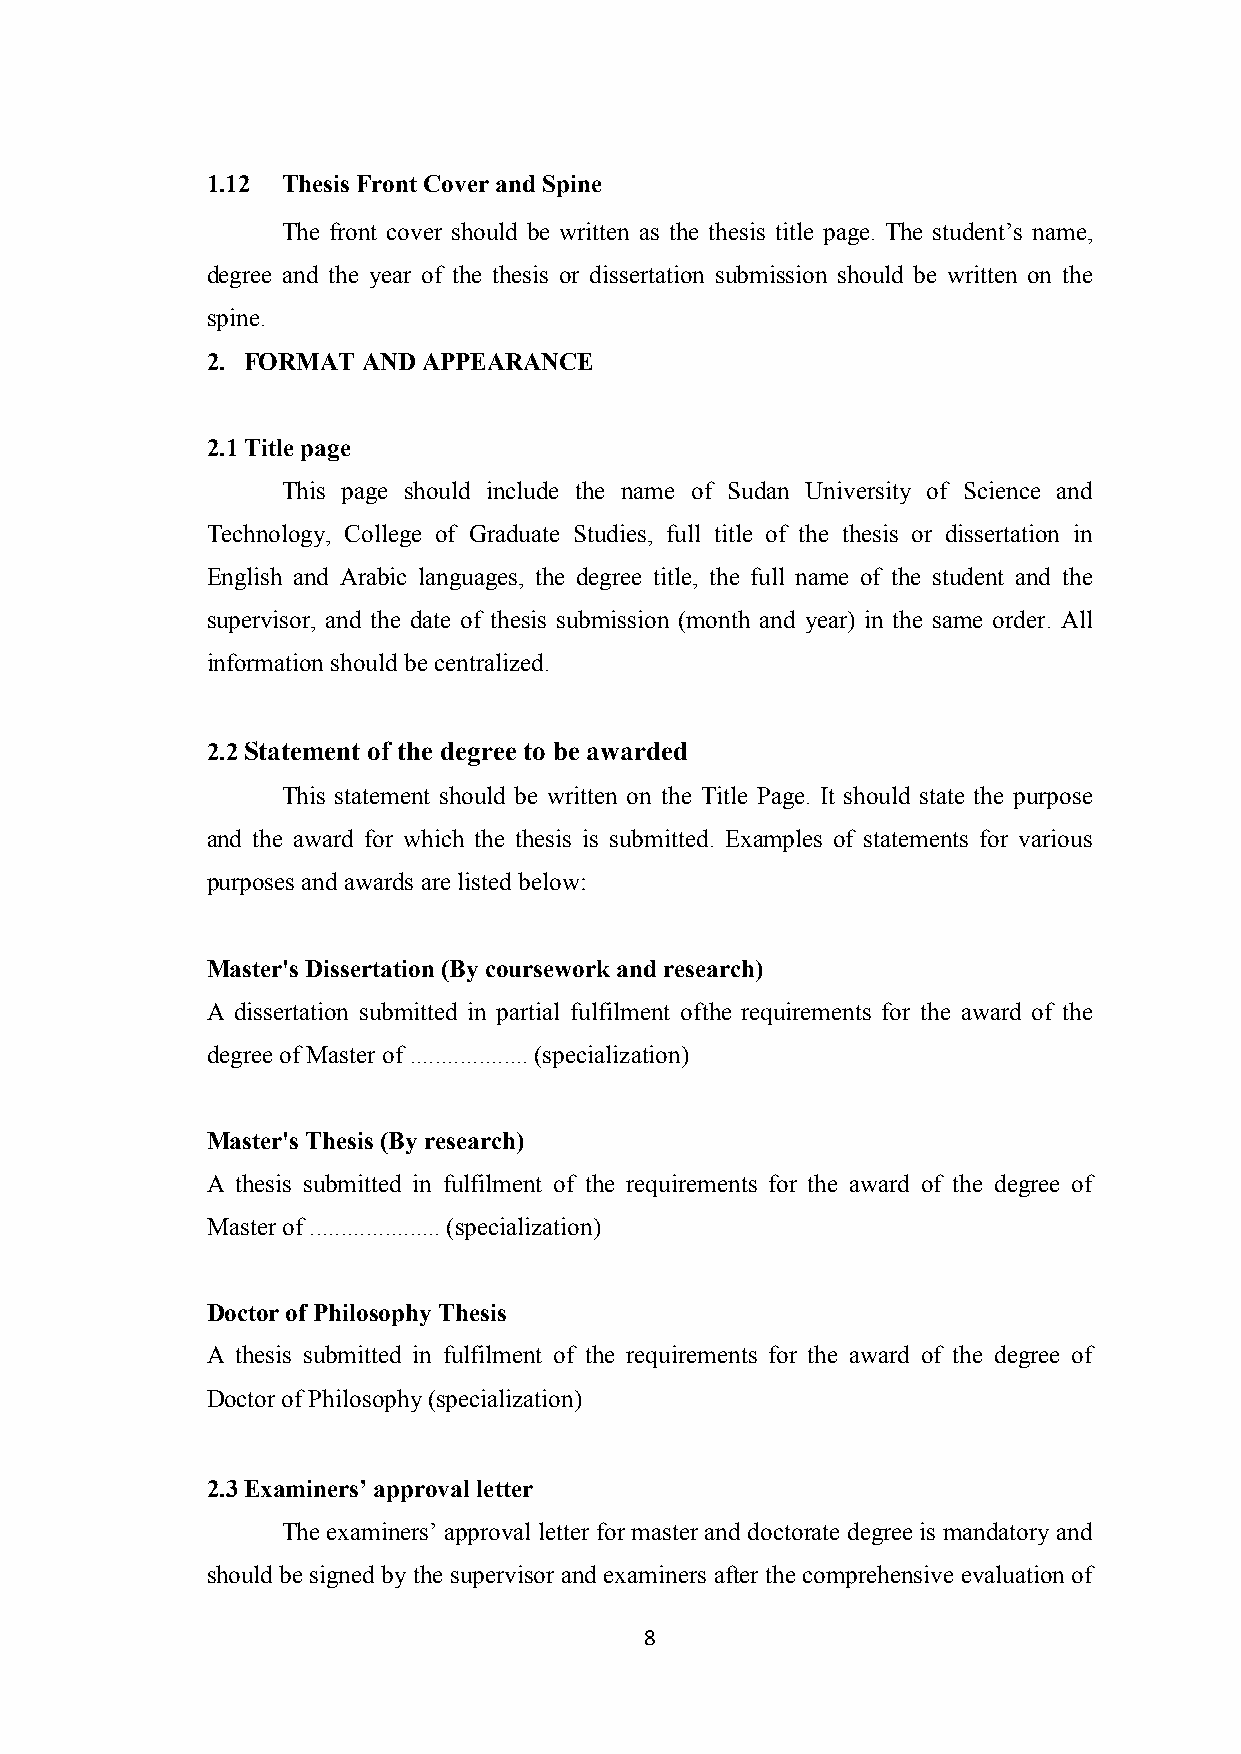
1.12 Thesis Front Cover and Spine
 The front cover should be written as the thesis title page. The student’s name,
 degree and the year of the thesis or dissertation submission should be written on the
 spine.
 2. FORMAT AND APPEARANCE
 2.1 Title page
 This page should include the name of Sudan University of Science and
 Technology, College of Graduate Studies, full title of the thesis or dissertation in
 English and Arabic languages, the degree title, the full name of the student and the
 supervisor, and the date of thesis submission (month and year) in the same order. All
 information should be centralized.
 2.2 Statement of the degree to be awarded
 This statement should be written on the Title Page. It should state the purpose
 and the award for which the thesis is submitted. Examples of statements for various
 purposes and awards are listed below:
 Master's Dissertation (By coursework and research)
 A dissertation submitted in partial fulfilment ofthe requirements for the award of the
 degree of Master of ................... (specialization)
 Master's Thesis (By research)
 A thesis submitted in fulfilment of the requirements for the award of the degree of
 Master of ..................... (specialization)
 Doctor of Philosophy Thesis
 A thesis submitted in fulfilment of the requirements for the award of the degree of
 Doctor of Philosophy (specialization)
 2.3 Examiners’ approval letter
 The examiners’ approval letter for master and doctorate degree is mandatory and
 should be signed by the supervisor and examiners after the comprehensive evaluation of
 8